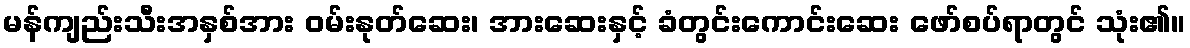
မန်ကျည်းသီးအနှစ်အား ဝမ်းနုတ်ဆေး၊ အားဆေးနှင့် ခံတွင်းကောင်းဆေး ဖော်စပ်ရာတွင် သုံး၏။